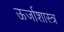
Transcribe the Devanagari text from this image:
ऊर्जाशास्त्र